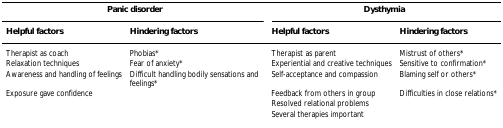
<table><thead><tr><td colspan="2"><b>Panic disorder</b></td><td colspan="2"><b>Dysthymia</b></td></tr><tr><td><b>Helpful factors</b></td><td><b>Hindering factors</b></td><td><b>Helpful factors</b></td><td><b>Hindering factors</b></td></tr></thead><tbody><tr><td>Therapist as coach</td><td>Phobias*</td><td>Therapist as parent</td><td>Mistrust of others*</td></tr><tr><td>Relaxation techniques</td><td>Fear of anxiety*</td><td>Experiential and creative techniques</td><td>Sensitive to confirmation*</td></tr><tr><td>Awareness and handling of feelings</td><td>Difficult handling bodily sensations and feelings*</td><td>Self-acceptance and compassion</td><td>Blaming self or others*</td></tr><tr><td>Exposure gave confidence</td><td></td><td>Feedback from others in group</td><td>Difficulties in close relations*</td></tr><tr><td></td><td></td><td>Resolved relational problems</td><td></td></tr><tr><td></td><td></td><td>Several therapies important</td><td></td></tr></tbody></table>